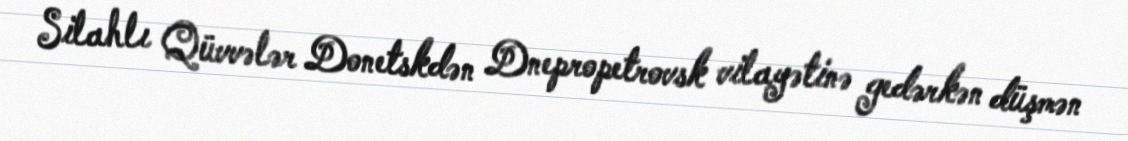
Silahlı Qüvvələr Donetskdən Dnepropetrovsk vilayətinə gedərkən düşmən